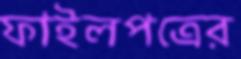
ফাইলপত্রের